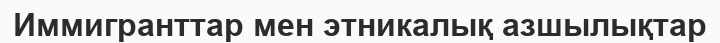
Иммигранттар мен этникалық азшылықтар